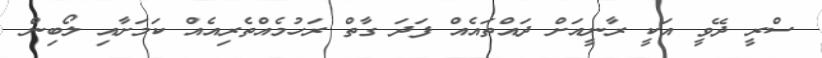
ސްރީ ދޭވީ އަަކީ ރާނީއަށް ދައްތައެއް ފަދަ ގާތް ރަހުމެއްތެރިއެއް ކަމަށާއި ލޯބިން